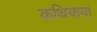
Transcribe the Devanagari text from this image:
कथियाया